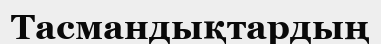
Тасмандықтардың